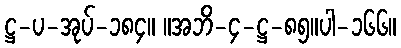
ဋ္ဌ-ပ-အုပ်-၁၈၄။ ။အဘိ-၄-ဋ္ဌ-၈၅။ပါ-၁၆၆။